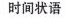
时间状语